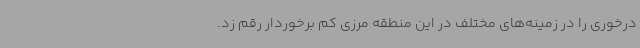
درخوری را در زمینه‌های مختلف در این منطقه مرزی کم برخوردار رقم زد.